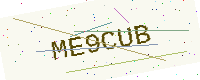
Text: ME9CUB